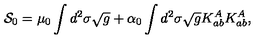
{ \cal S } _ { 0 } = \mu _ { 0 } \int d ^ { 2 } \sigma \sqrt { g } + \alpha _ { 0 } \int d ^ { 2 } \sigma \sqrt { g } K _ { a b } ^ { A } K _ { a b } ^ { A } ,